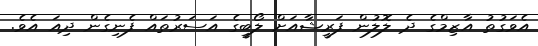
އެވަގުތު އާޒިމްގެ ދެ ލޮލުން ފަރީޝާއަށް ލޯބީގެ އަސަރުތައް ފެނިގެން ދިއަ އެވެ.